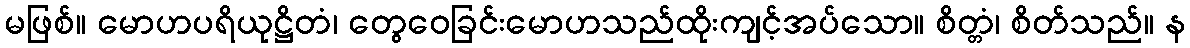
မဖြစ်။ မောဟပရိယုဋ္ဌိတံ၊ တွေဝေခြင်းမောဟသည်ထိုးကျင့်အပ်သော။ စိတ္တံ၊ စိတ်သည်။ န